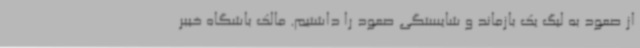
از صعود به لیگ یک بازماند و شایستگی صعود را داشتیم. مالک باشگاه خیبر